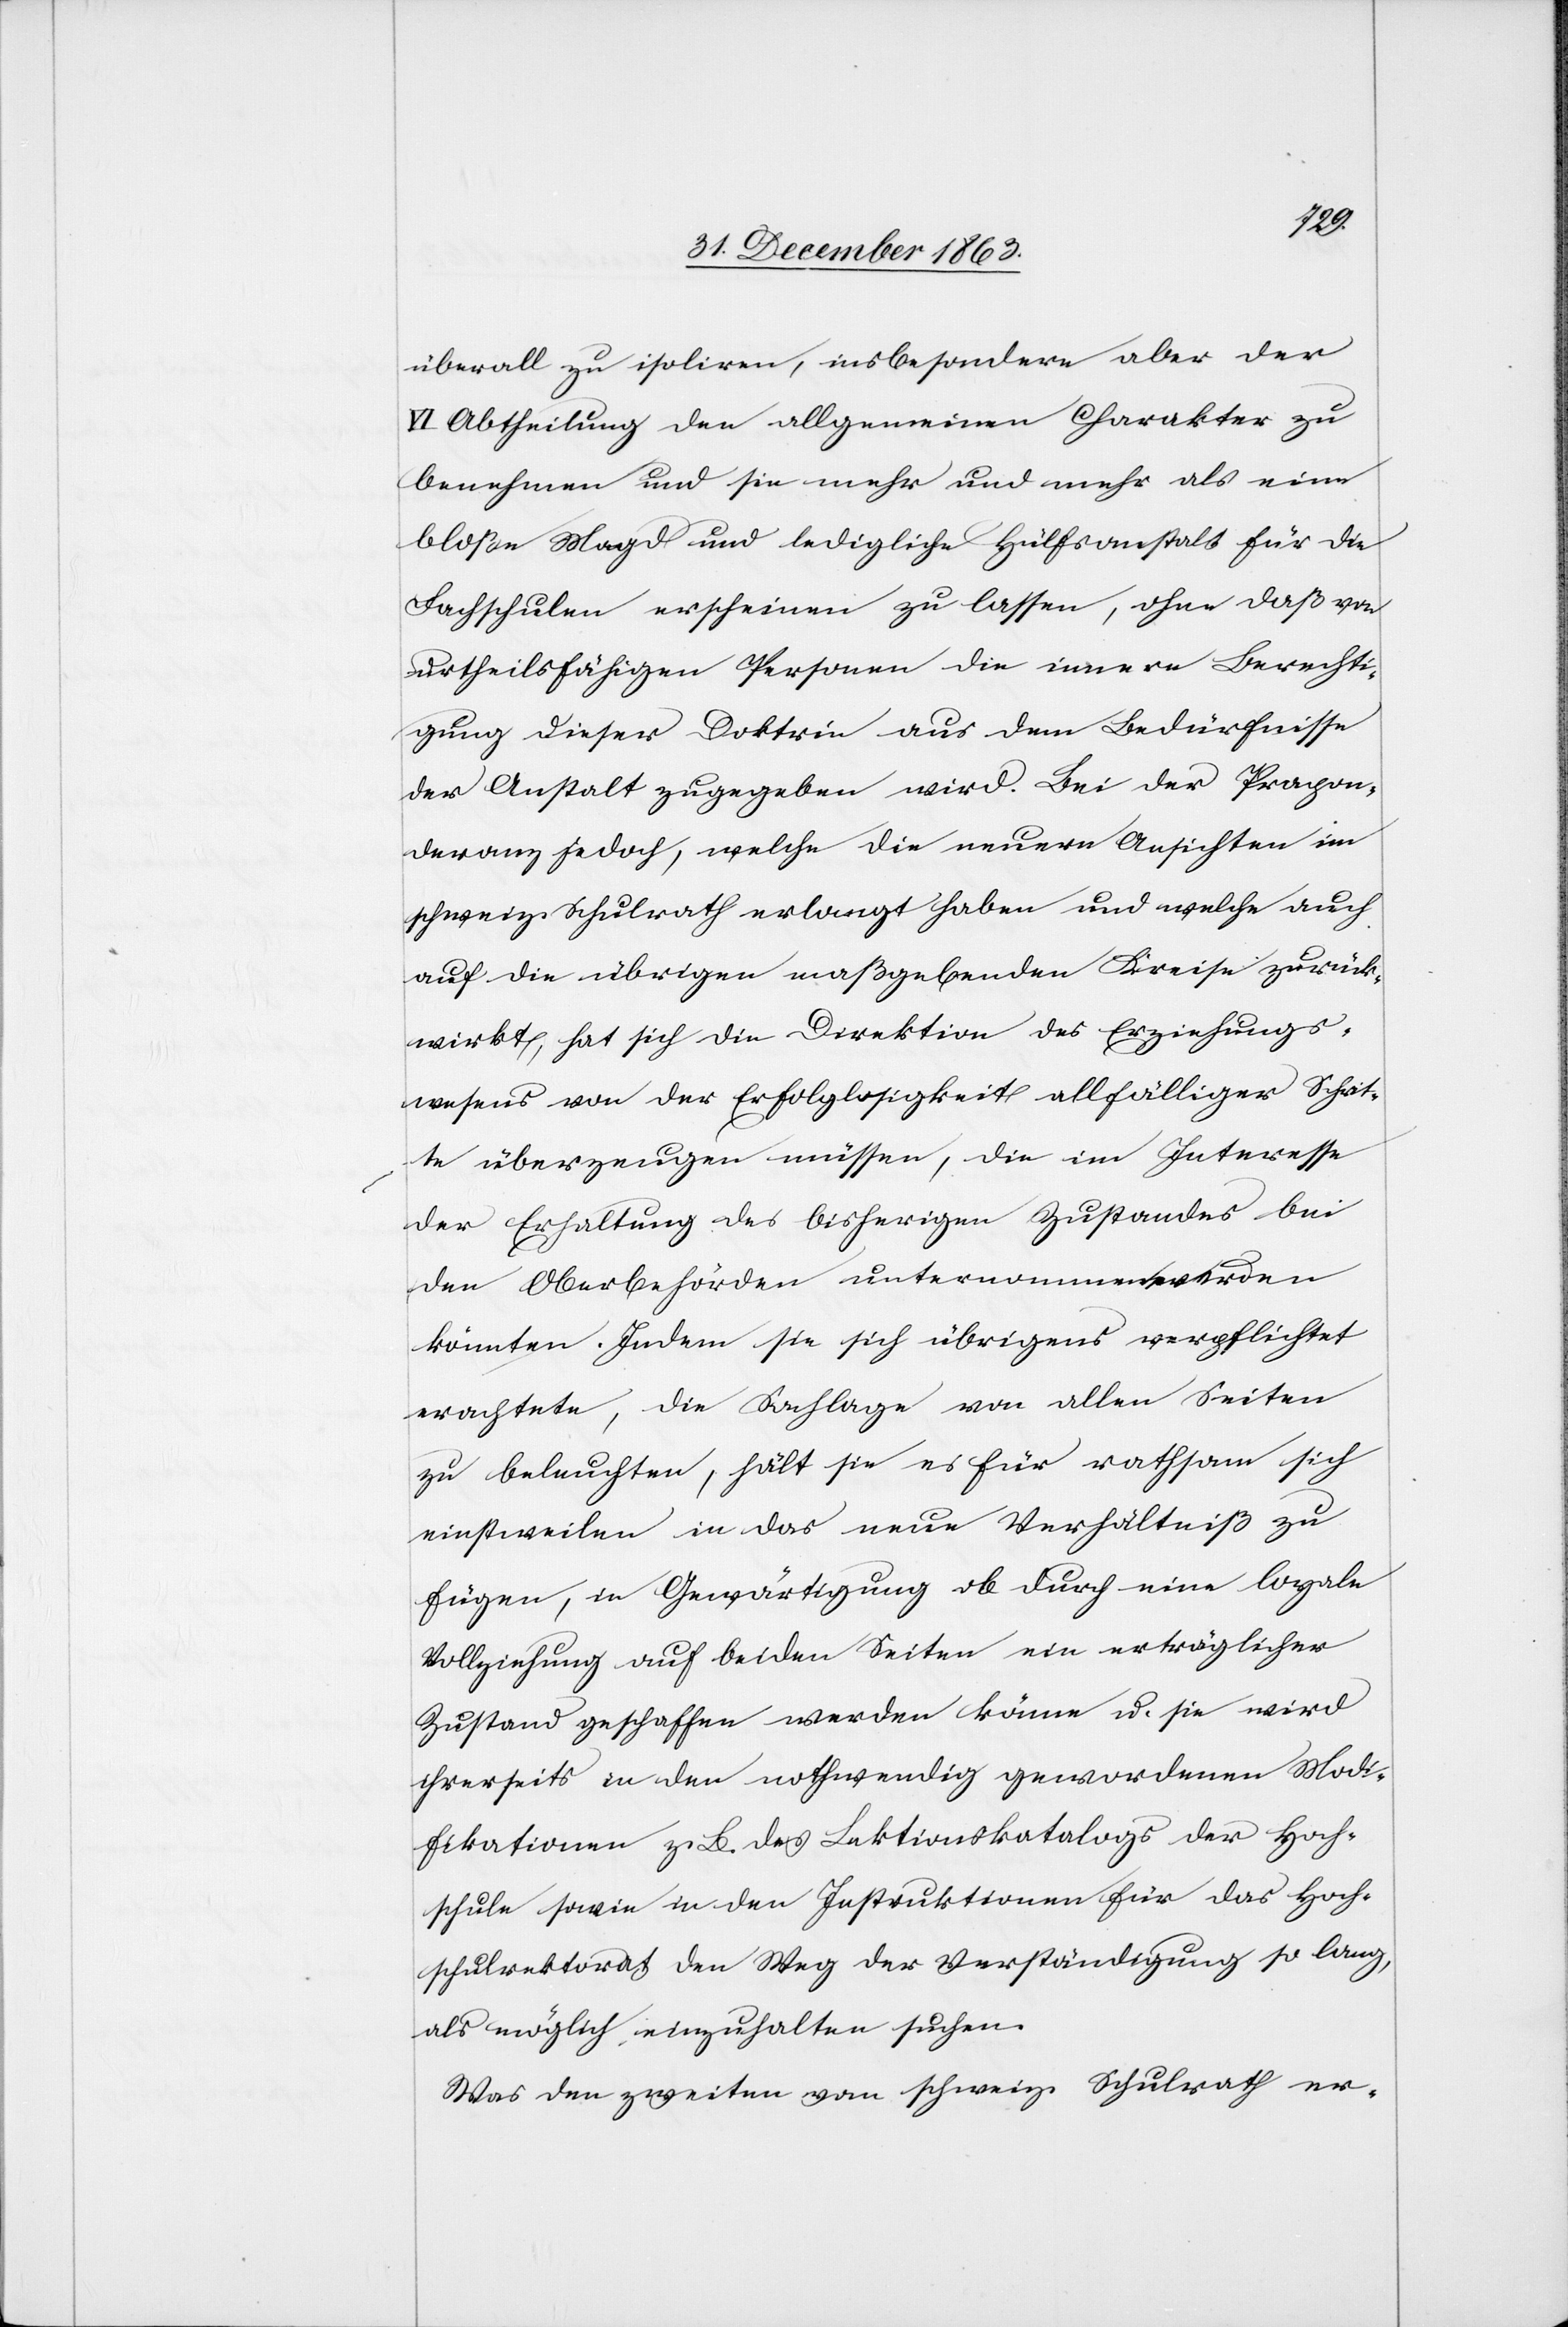
überall zu isoliren, insbesondere aber der
VI Abtheilung den allgemeinen Charakter zu
benehmen und sie mehr und mehr als eine
bloße Magd und ledigliche Hülfsanstalt für die
Fachschulen erschienen zu lassen, ohne daß von
urtheilsfähigen Personen die innere Berechti¬
gung dieser Doktrin aus dem Bedürfnisse
der Anstalt zugegeben wird. Bei der Prapon¬
deranz jedoch, welche die neuern Ansichten im
schweiz. Schulrath erlangt haben und welche auch
auf die übrigen maßgebenden Kreise zurück¬
wirkt, hat sich die Direktion des Erziehungs¬
wesens von der Erfolglosigkeit allfälliger Schrit¬
te überzeugen müssen, die im Interesse
der Erhaltung des bisherigen Zustandes bei
den Oberbehörden unternommen werden
könnten. Indem sie sich übrigens verpflichtet
erachtete, die Sachlage von allen Seiten
zu beleuchten, hält sie es für rathsam sich
einstweilen in das neue Verhältniß zu
fügen, in Gewärtigung ob durch eine loyale
Vollziehung auf beiden Seiten ein erträglicher
Zustand geschaffen werden könne u. sie wird
ihrerseits in den nothwendig gewordenen Modi¬
fikationen z. B. des Lektionskatalogs der Hoch¬
schule sowie in den Instruktionen für das Hoch¬
schulrektorat den Weg der Verständigung so lang,
als möglich einzuhalten suchen.
Was den zweiten vom schweiz. Schulrath er-